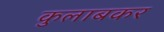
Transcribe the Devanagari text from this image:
कुलाबकर